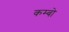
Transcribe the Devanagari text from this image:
कम्बो